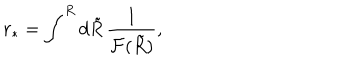
LaTeX: { r _ { * } } = \int ^ { R } d \tilde { R } \, \frac { 1 } { { \cal F } ( \tilde { R } ) } ,